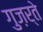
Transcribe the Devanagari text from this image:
गुज़र्ते